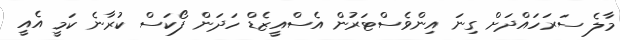
މާލެ ސަރަހައްދަށް ގިނަ އިންވެސްޓަރުން އެސްއީޒެޑް ހަދަން ފޯކަސް ކުރާނެ ކަމީ އެއީ